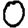
Digit: 0